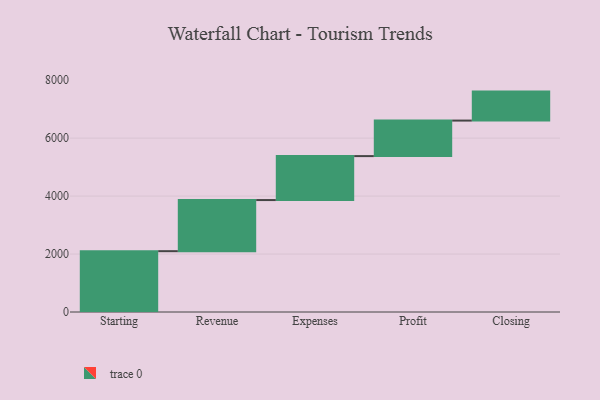
{"axis": {"x": "Step", "y": "Value"}, "legend": [""], "data": [{"x": "Starting", "y": 2099.0, "type": ""}, {"x": "Revenue", "y": 1764.0, "type": ""}, {"x": "Expenses", "y": 1517.0, "type": ""}, {"x": "Profit", "y": 1226.0, "type": ""}, {"x": "Closing", "y": 1000, "type": ""}]}